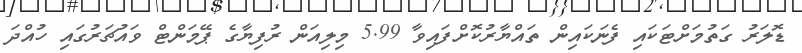
ޑޮލަރު ގަތުމަށްޓަކައި ފެނަކައިން ތައްޔާރުކޮށްފައިވާ 5.99 މިލިއަން ރުފިޔާގެ ޕޭމަންޓް ވައުޗަރުގައި ހުއްދަ